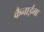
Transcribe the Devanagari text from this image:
कैनाईमा